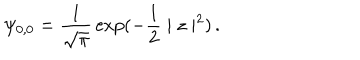
\psi _ { 0 , 0 } = { \frac { 1 } { \sqrt { \pi } } } \exp ( - { \frac { 1 } { 2 } } \mid z \mid ^ { 2 } ) \, .